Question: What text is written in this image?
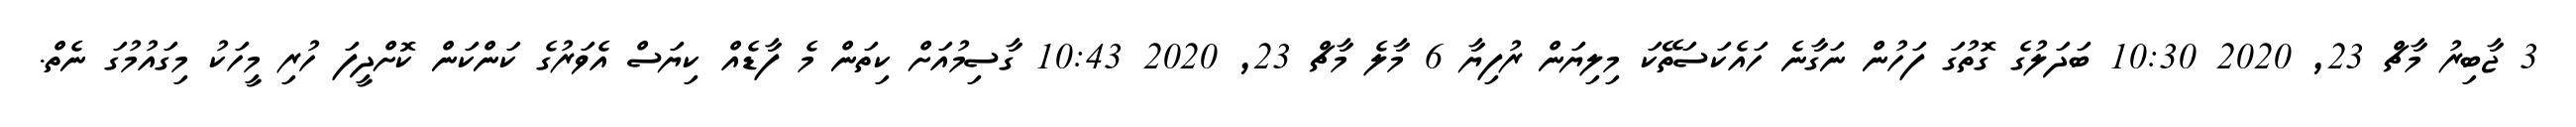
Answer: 3 ޖާބިރު މާޗް 23, 2020 10:30 ބަދަލުގެ ގޮތުގަ ފަހުން ނަގާނެ ހައެކަސަތޭކަ މިލިޔަން ރުފިޔާ 6 މާލެ މާޗް 23, 2020 10:43 ގާސިމުއަށް ކިތަން މެ ފާޑެއް ކިޔަސް އެވަރުގެ ކަންކަން ކޮށްދީފަ ހުރި މީހަކު މިގައުމުގަ ނެތް.